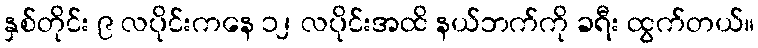
နှစ်တိုင်း ၉ လပိုင်းကနေ ၁၂ လပိုင်းအထိ နယ်ဘက်ကို ခရီး ထွက်တယ်။